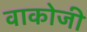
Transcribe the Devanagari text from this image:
वाकोजी